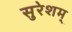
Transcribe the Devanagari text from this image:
सुरेशम्‌